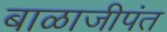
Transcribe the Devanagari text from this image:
बाळाजीपंत